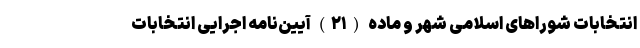
انتخابات شوراهای اسلامی شهر و ماده (۲۱) آیین‌نامه اجرایی انتخابات